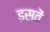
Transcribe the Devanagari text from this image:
इसतें